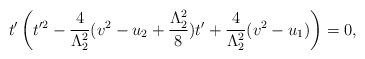
LaTeX: \begin{align*}t'\left(t'^2-\frac{4}{\Lambda_2^2}(v^2-u_2+\frac{\Lambda_2^2}{8})t'+\frac{4}{\Lambda_2^2}(v^2-u_1)\right)=0,\end{align*}